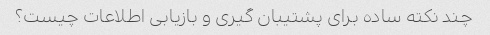
چند نکته ساده برای پشتیبان گیری و بازیابی اطلاعات چیست؟